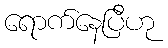
ရောက်နေပြီဟု